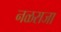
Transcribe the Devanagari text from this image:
नळराजा